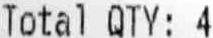
TOTAL QTY: 4